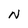
Character: N